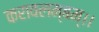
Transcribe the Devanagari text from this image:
करावलम्बम्।।